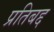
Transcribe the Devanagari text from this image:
प्रतिबद्द